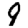
Digit: 9